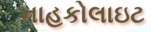
નાહકોલાઇટ